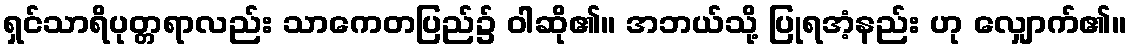
ရှင်သာရိပုတ္တရာလည်း သာကေတပြည်၌ ဝါဆို၏။ အဘယ်သို့ ပြုရအံ့နည်း ဟု လျှောက်၏။